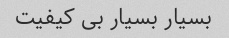
بسیار بسیار بی کیفیت